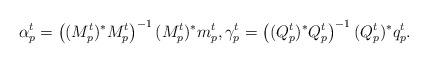
LaTeX: \begin{align*}\alpha_p^t = \left((M_p^t)^*M_p^t\right)^{-1}(M_p^t)^*m_p^t,\gamma_p^t = \left((Q_p^t)^*Q_p^t\right)^{-1}(Q_p^t)^*q_p^t.\end{align*}